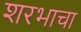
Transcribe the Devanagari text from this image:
शरभाचा